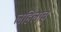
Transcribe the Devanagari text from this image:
लहिलाच